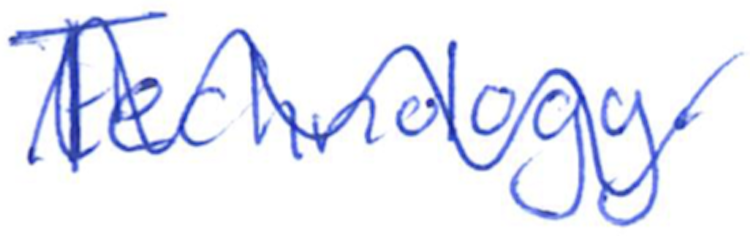
Text: Technology.
Cross-out: wave
Writing tool: ballpoint